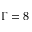
\Gamma = 8